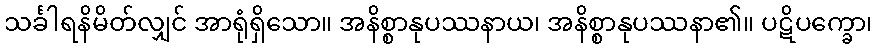
သင်္ခါရနိမိတ်လျှင် အာရုံရှိသော။ အနိစ္စာနုပဿနာယ၊ အနိစ္စာနုပဿနာ၏။ ပဋိပက္ခော၊